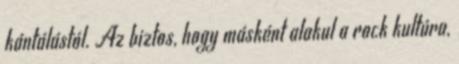
kántálástól. Az biztos, hogy másként alakul a rock kultúra,